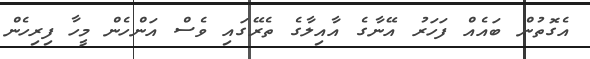
އެގޮތުން ބައެއް ފަހަރު އޭނާގެ އާއިލާގެ ތެރޭގައި ވެސް އަންހެން މީހާ ފިރިހެން